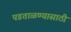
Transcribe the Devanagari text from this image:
पडताळण्यासाठी